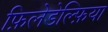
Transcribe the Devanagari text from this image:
फ़िलेडेल्फ़िया